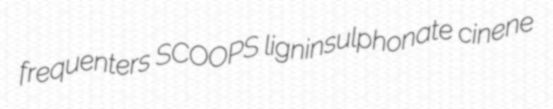
frequenters SCOOPS ligninsulphonate cinene